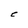
Character: C